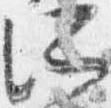
所